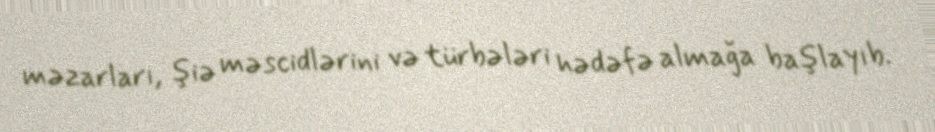
məzarları, şiə məscidlərini və türbələri hədəfə almağa başlayıb.